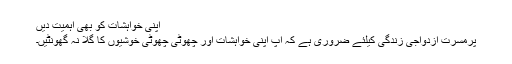
اپنی خواہشات کو بھی اہمیت دیں
پرمسرت ازدواجی زندگی کیلئے ضروری ہے کہ آپ اپنی خواہشات اور چھوٹی چھوٹی خوشیوں کا گلا نہ گھونٹیں۔